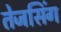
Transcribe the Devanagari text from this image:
तेजसिंग